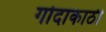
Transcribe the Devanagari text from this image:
गोदाकाठी